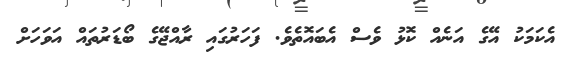
އެކަމަކު އޭގެ އަނެއް ކޮޅު ވެސް އެބައޮތެވެ. ފަަހަރުގައި ރާއްޖޭގެ ބޯޑަރުތައް އަވަހަށް